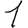
Digit: 1